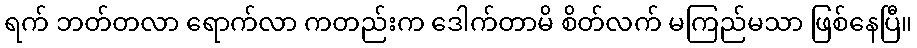
ရက် ဘတ်တလာ ရောက်လာ ကတည်းက ဒေါက်တာမိ စိတ်လက် မကြည်မသာ ဖြစ်နေပြီ။